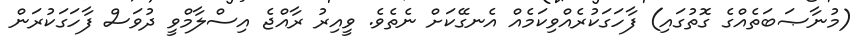
(މުނާޞަބަތެއްގެ ގޮތުގައި) ފާހަގަކުރެއްވިކަމެއް އެނގޭކަށް ނެތެވެ. ވީއިރު ރާއްޖެ އިސްލާމްވީ ދުވަސް ފާހަގަކުރަން